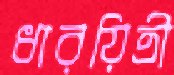
ধারয়িত্রী